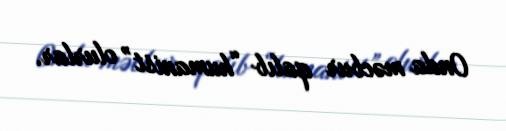
Onda məcbur qalıb “humanist” olurlar.